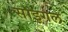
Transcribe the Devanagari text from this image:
साइगल